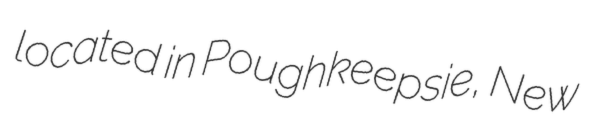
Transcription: located in Poughkeepsie, New